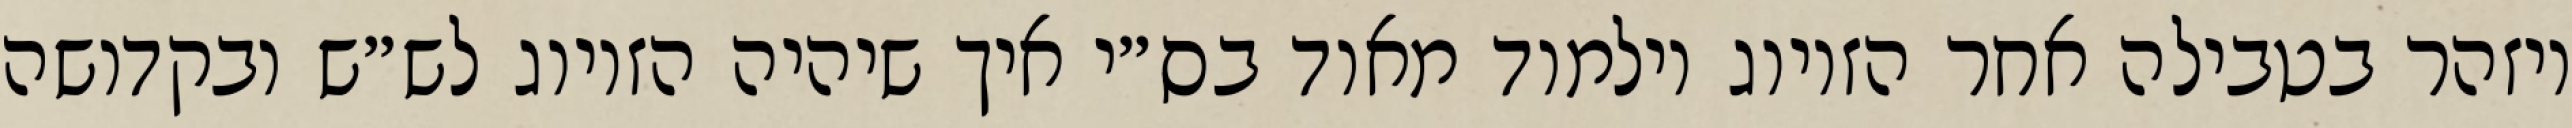
ויזהר בטבילה אחר הזיווג וילמוד מאוד בס״י איך שיהיה הזיווג לש״ש ובקדושה